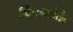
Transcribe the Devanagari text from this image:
फिल्मोके